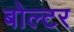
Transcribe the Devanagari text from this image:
बोल्टर